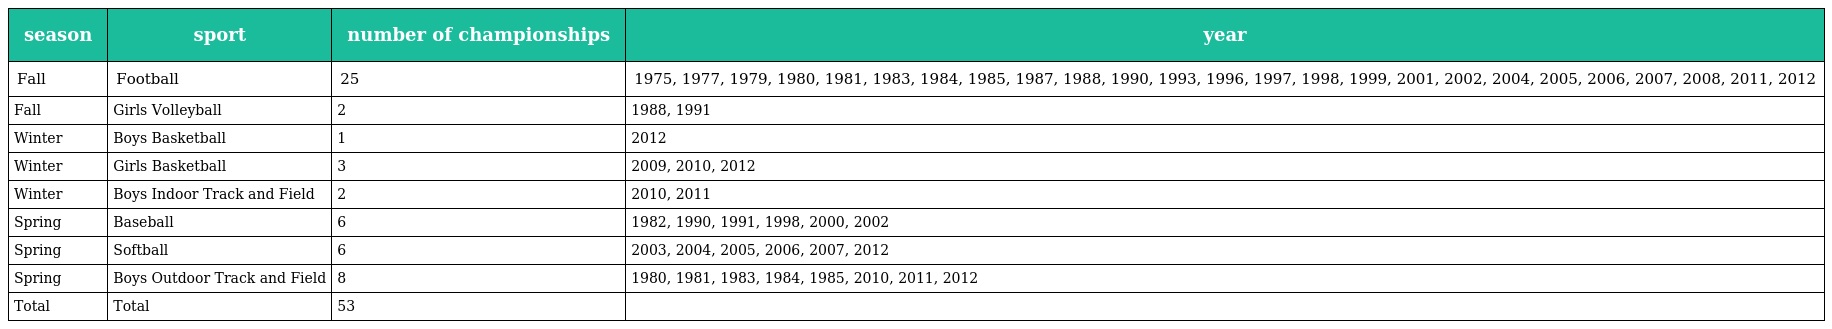
| season | sport | number of championships | year |
 | --- | --- | --- | --- |
 | Fall | Football | 25 | 1975, 1977, 1979, 1980, 1981, 1983, 1984, 1985, 1987, 1988, 1990, 1993, 1996, 1997, 1998, 1999, 2001, 2002, 2004, 2005, 2006, 2007, 2008, 2011, 2012 |
 | Fall | Girls Volleyball | 2 | 1988, 1991 |
 | Winter | Boys Basketball | 1 | 2012 |
 | Winter | Girls Basketball | 3 | 2009, 2010, 2012 |
 | Winter | Boys Indoor Track and Field | 2 | 2010, 2011 |
 | Spring | Baseball | 6 | 1982, 1990, 1991, 1998, 2000, 2002 |
 | Spring | Softball | 6 | 2003, 2004, 2005, 2006, 2007, 2012 |
 | Spring | Boys Outdoor Track and Field | 8 | 1980, 1981, 1983, 1984, 1985, 2010, 2011, 2012 |
 | Total | Total | 53 |  |